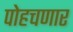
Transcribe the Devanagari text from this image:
पोहचणार